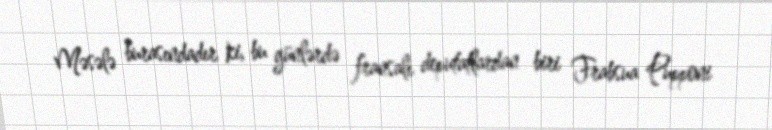
Məsələ burasındadır ki, bu günlərdə fransalı deputatlardan biri Frabsua Pupponi